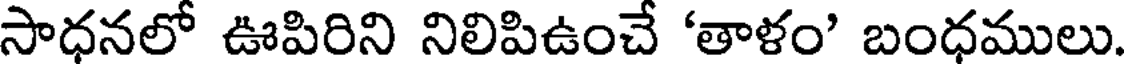
సాధనలో ఊపిరిని నిలిపిఉంచే 'తాళం' బంధములు